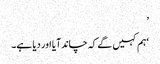
’
‘ہم کہیں گے کہ چاند آیا اور دیا ہے۔